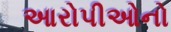
આરોપીઓનો